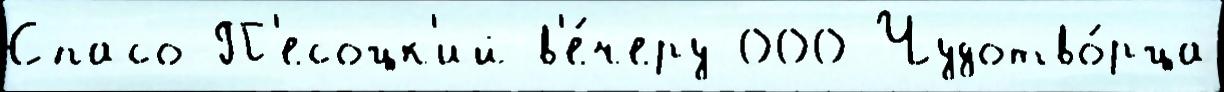
Спасо-П'есоцк'ий в'е́черу 000 Чудотво́рца